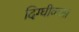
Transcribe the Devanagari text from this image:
दिग्घीकला